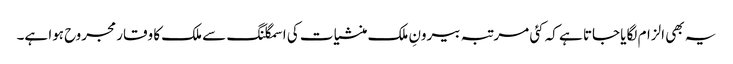
یہ بھی الزام لگایا جاتا ہے کہ کئی مرتبہ بیرونِ ملک منشیات کی اسمگلنگ سے ملک کا وقار مجروح ہوا ہے۔